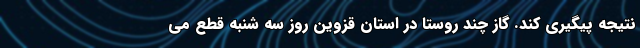
نتیجه پیگیری کند. گاز چند روستا در استان قزوین روز سه شنبه قطع می